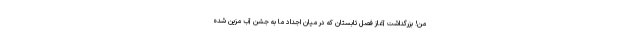
من! بزرگداشت آغاز فصل تابستان که در میان اجداد ما به جشن آب مزین شده